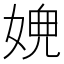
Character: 𡟉